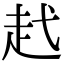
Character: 䞖